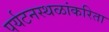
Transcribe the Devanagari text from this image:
पर्यटनस्थळांकरिता